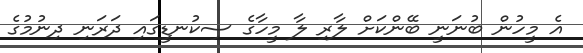
އެ މީހުން ބުނަނީ ބޭންކަށް ލާރި ލާ މީހާގެ ސިކުނޑީގައި ދަރަނި ދިނުމުގެ